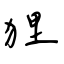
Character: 狸